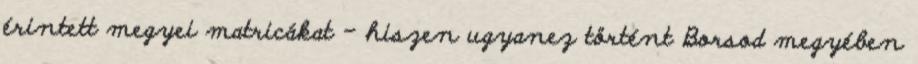
érintett megyei matricákat – hiszen ugyanez történt Borsod megyében